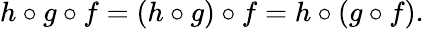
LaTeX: h\circ g\circ f=(h\circ g)\circ f=h\circ(g\circ f).